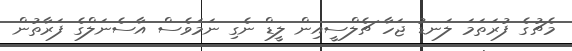
މެޗުގެ ފުރަތަމަ ލަނޑު ޖަހާ ޗެލްސީއިން ލީޑް ނެގި ނަމަވެސް އާސެނަލްގެ ފަރާތުން